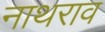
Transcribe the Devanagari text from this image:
नाथराव